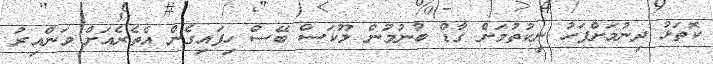
ކޮތަޅު ދިނުމަށްފަހު ނިކުތުމަށް ގާޑް ބުނުމުން ލޫކަސް ބޭސް ހިފައިގެން އެތެރެއަށް ވަންއިރު